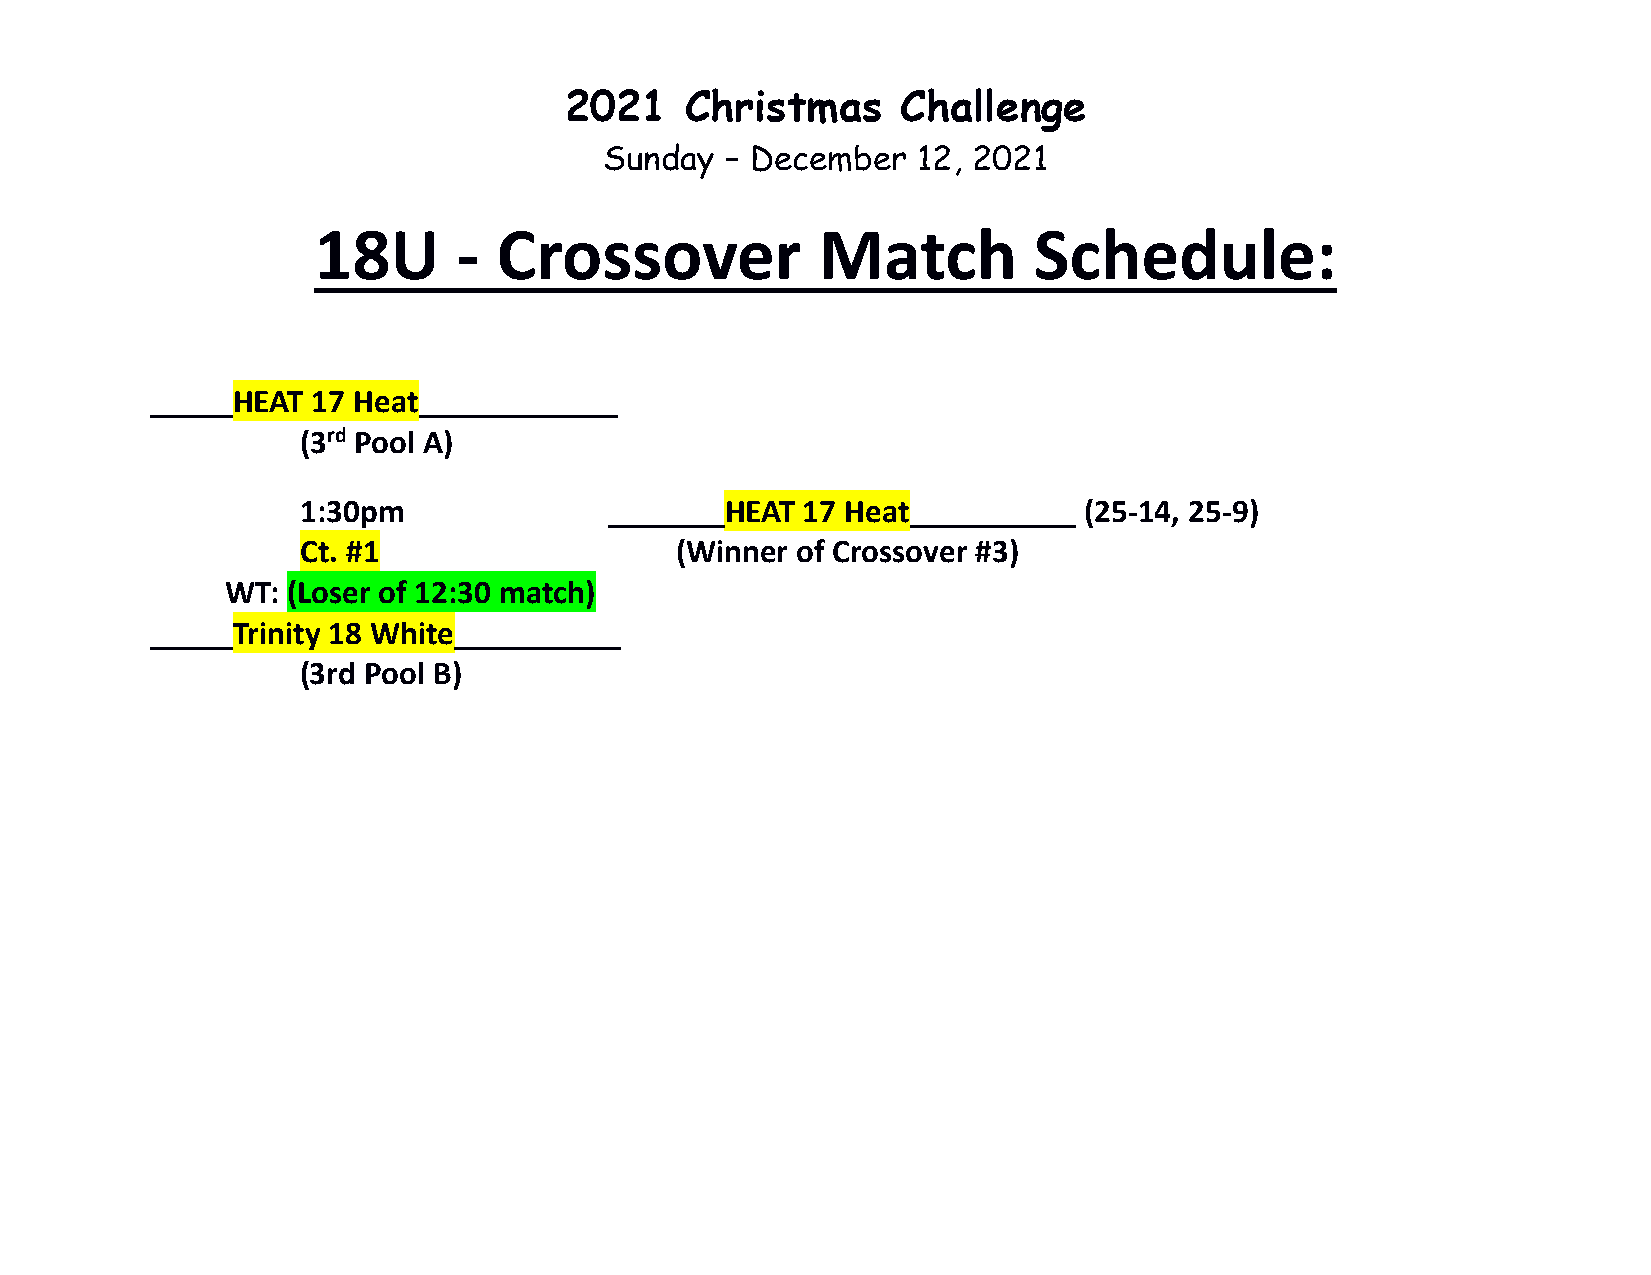
2021    Christmas      Challenge
 Sunday  – December   12, 2021
 18U      -  Crossover            Match         Schedule:
 _____HEAT  17 Heat____________
 (3rd Pool A)
 1:30pm              _______HEAT  17 Heat__________  (25-14, 25-9)
 Ct. #1                   (Winner of Crossover #3)
 WT: (Loser of 12:30 match)
 _____Trinity 18 White__________
 (3rd Pool B)